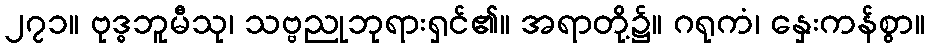
၂၇၁။ ဗုဒ္ဓဘူမီသု၊ သဗ္ဗညုဘုရားရှင်၏။ အရာတို့၌။ ဂရုကံ၊ နှေးကန်စွာ။